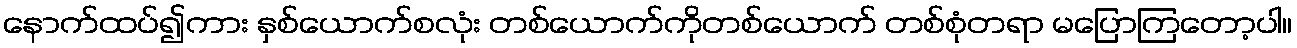
နောက်ထပ်၍ကား နှစ်ယောက်စလုံး တစ်ယောက်ကိုတစ်ယောက် တစ်စုံတရာ မပြောကြတော့ပါ။